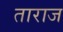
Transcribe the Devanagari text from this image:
ताराज